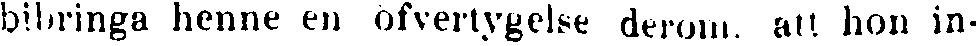
bibringa henne en öfvertygelse derom, att hon in-